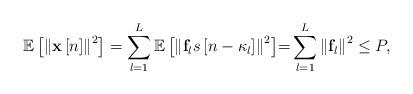
LaTeX: \begin{align*} {\mathbb{E}}\left[ {{{\left\| {{\bf{x}}\left[ n \right]} \right\|}^2}} \right] = \sum\limits_{l = 1}^L {{\mathbb{E}}\left[ {{{\left\| {{{\bf{f}}_l}s\left[ {n - {\kappa_l}} \right]} \right\|}^2}} \right]} {\rm =} \sum\limits_{l = 1}^L {{{\left\| {{{\bf{f}}_l}} \right\|}^2}} \le P, \end{align*}